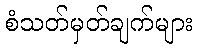
စံသတ်မှတ်ချက်များ